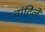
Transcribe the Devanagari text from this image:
वांटिलें